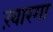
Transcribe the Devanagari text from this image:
ख़ारगा